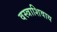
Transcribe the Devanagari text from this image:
वस्त्राशिवाय